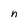
Character: n